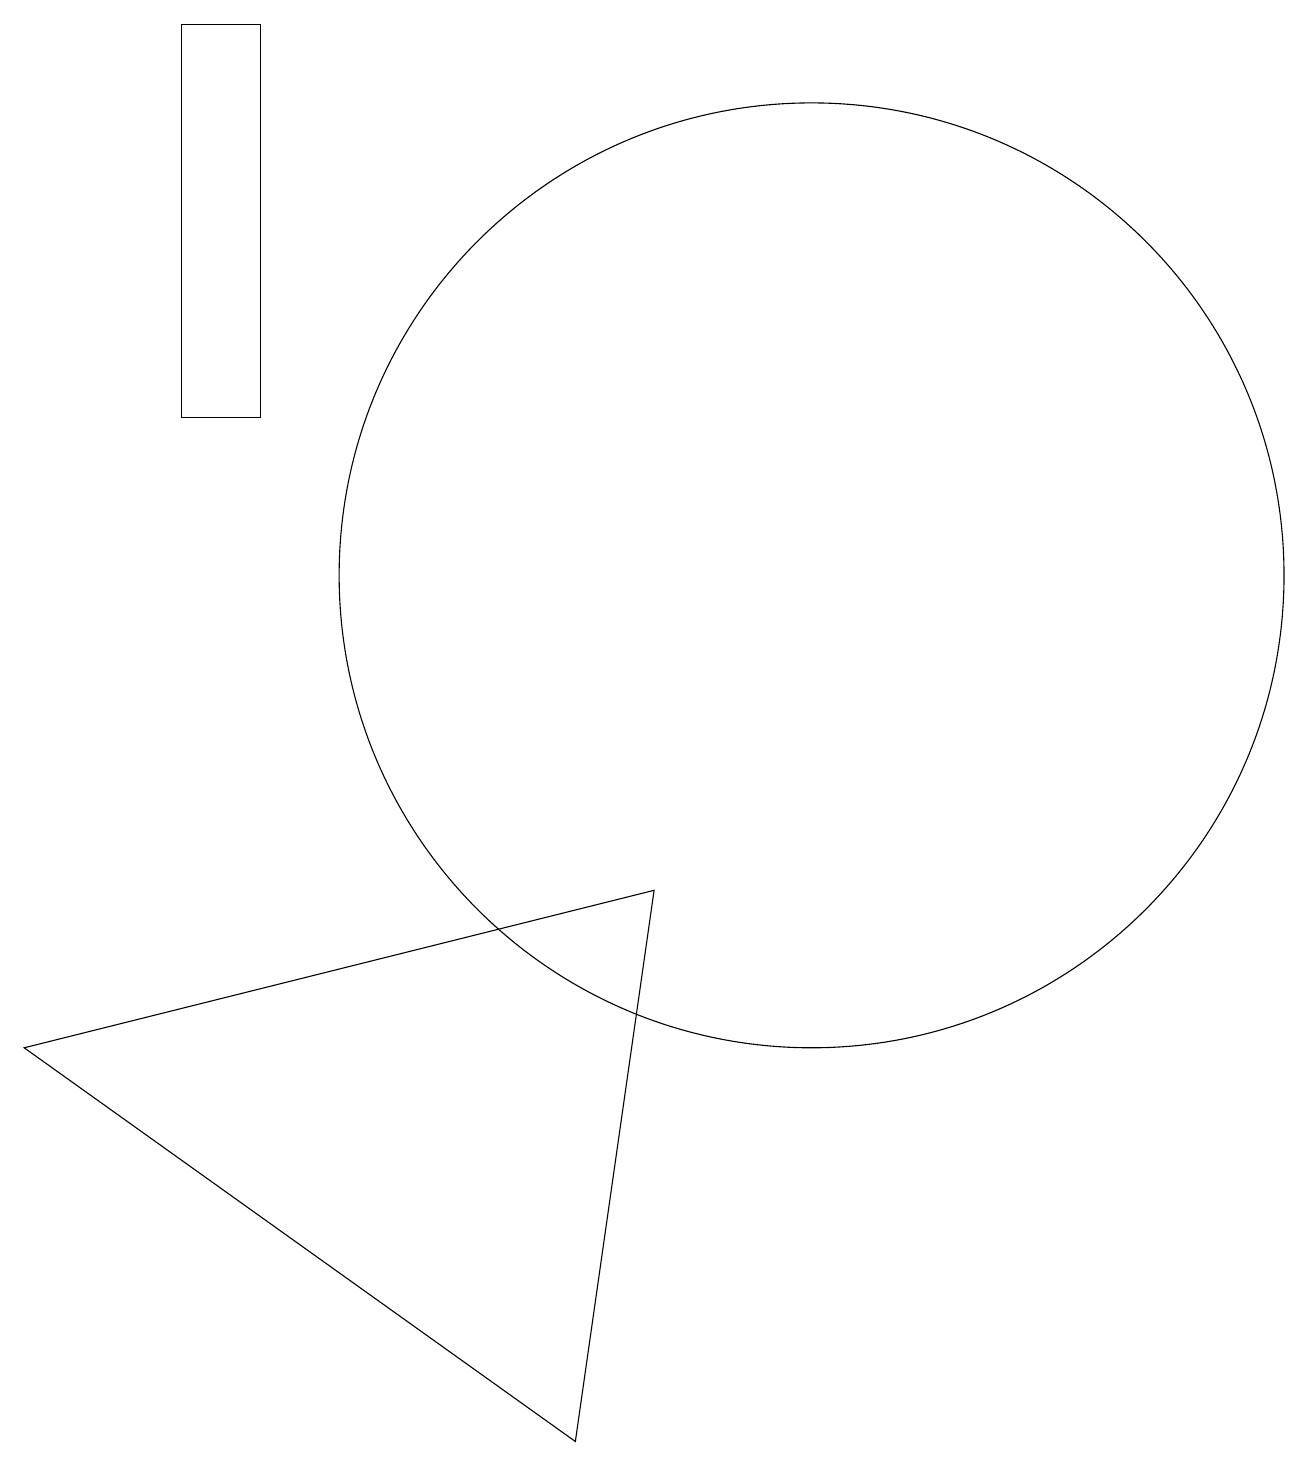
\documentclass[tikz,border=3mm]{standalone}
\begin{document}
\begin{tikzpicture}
\draw (8,1) -- (1,6) -- (9,8) -- cycle;
\draw (3,19) rectangle (4,14);
\draw (11,12) circle (6);
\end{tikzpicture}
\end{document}